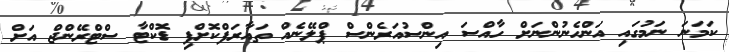
ކަމަނަ ނަމުގައި އަންހެނުންނަށް ހާއްސަ އިންސުއަރެންސް ޕްލޭނެއް ތައާރަފްކޮށްފި ޑޮކްޓާ ސްޓްރޭންޖް އަށް